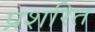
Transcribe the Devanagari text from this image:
प्रशरित